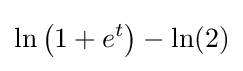
\ln \left(1+e^{t}\right)-\ln(2)